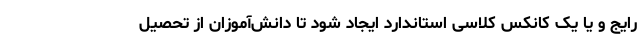
رایج و یا یک کانکس کلاسی استاندارد ایجاد شود تا دانش‌آموزان از تحصیل